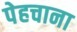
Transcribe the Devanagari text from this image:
पेहचाना